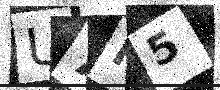
Text: U7P5